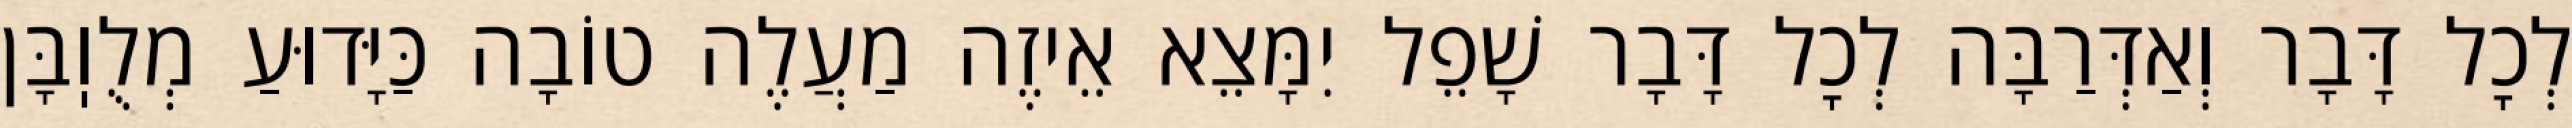
לְכׇל דָּבָר וְאַדְּרַבָּה לְכׇל דָּבָר שָׁפֵל יִמָּצֵא אֵיזֶה מַעֲלֶה טוֹבָה כַּיָּדוּעַ מְלֻוֽבָּן